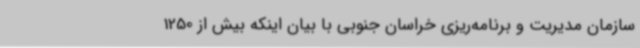
سازمان مدیریت و برنامه‌ریزی خراسان جنوبی با بیان اینکه بیش از 1250